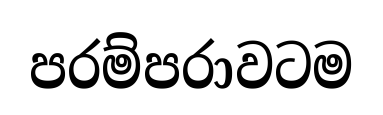
පරම්පරාවටම